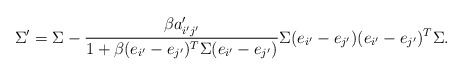
\begin{align*}\Sigma'=\Sigma-\frac{\beta a_{i'j'}'}{1+\beta(e_{i'}-e_{j'})^{T}\Sigma(e_{i'}-e_{j'})}\Sigma(e_{i'}-e_{j'})(e_{i'}-e_{j'})^{T}\Sigma.\end{align*}